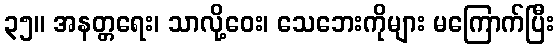
၃၅။ အနတ္တရေး၊ သာလို့ဝေး၊ သေဘေးကိုများ မကြောက်ပြီး